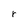
Character: r